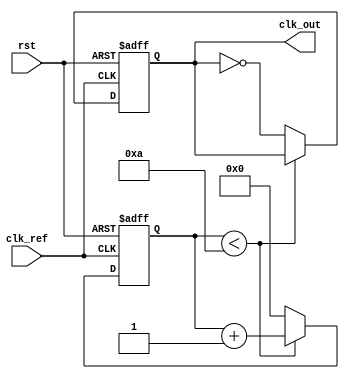
module integer_n_pll (
    input wire clk_ref,        // Reference clock input
    input wire rst,            // Reset signal
    output reg clk_out         // Output clock signal
);

    // Parameters
    parameter N = 4;           // Division factor for feedback (integer N)
    parameter VCO_FREQ = 100;  // VCO target frequency multiplier (in MHz)
    
    // Internal signals
    reg [3:0] phase_error;     // Placeholder for phase error signal from PD
    reg [31:0] vco_period;      // VCO period calculation
    reg [31:0] vco_counter;     // VCO counter
    reg [31:0] feedback_counter; // Feedback counter for division N

    // Frequency Calculation (in ns)
    initial begin
        vco_period = (1000 / VCO_FREQ); // VCO period = 1 / VCO_FREQ (in ns)
    end

    // Phase Detector: Simple implementation, assuming basic comparison
    always @(posedge clk_ref or posedge rst) begin
        if (rst) begin
            phase_error <= 0;
        end else begin
            // Simulate a phase error
            phase_error <= (phase_error + 1) % 15; // Simulate phase variation
        end
    end

    // Voltage-Controlled Oscillator (simple counter)
    always @(posedge clk_ref or posedge rst) begin
        if (rst) begin
            vco_counter <= 0;
            clk_out <= 0;
        end else begin
            if (vco_counter < vco_period) begin
                vco_counter <= vco_counter + 1;
            end else begin
                clk_out <= ~clk_out;  // Toggle output clock
                vco_counter <= 0;      // Reset counter
            end
        end
    end

    // Feedback Divider (N-divider)
    always @(posedge clk_out or posedge rst) begin
        if (rst) begin
            feedback_counter <= 0;
        end else begin
            if (feedback_counter < N - 1) begin
                feedback_counter <= feedback_counter + 1;
            end else begin
                feedback_counter <= 0;
                // Connect feedback logic here (if necessary)
            end
        end
    end

endmodule